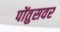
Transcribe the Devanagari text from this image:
पोंतुसवर